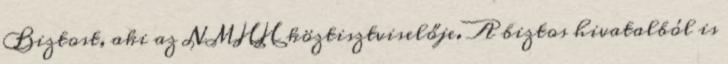
Biztost, aki az NMHH köztisztviselője. A biztos hivatalból is